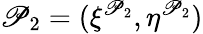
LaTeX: \mathscr{P}_{2}=(\xi^{\mathscr{P}_{2}},\eta^{\mathscr{P}_{2}})